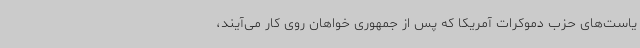
یاست‌های حزب دموکرات آمریکا که پس از جمهوری خواهان روی کار می‌آیند،